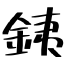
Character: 銕